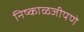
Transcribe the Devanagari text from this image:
निष्काळजीपणे